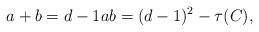
LaTeX: \begin{align*} a+b=d-1 ab=(d-1)^2-\tau(C),\end{align*}